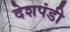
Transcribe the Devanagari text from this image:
देशपंडी